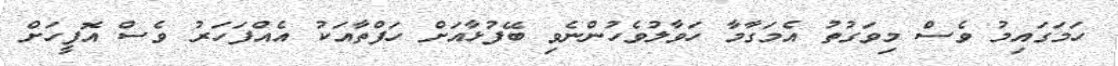
ހަމަގައިމު ވެސް މިވަގުތު އެމަގާމާ ހަވާލުވެހުންނެވި ބޭފުޅާއަށް ހަފްތާއަކު އެއްފަހަރު ވެސް އޮފީހަށް